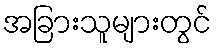
အခြားသူများတွင်